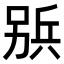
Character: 𠔦